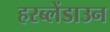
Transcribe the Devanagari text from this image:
हरब्लेंडाउन